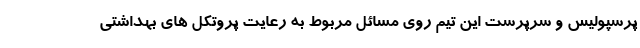
پرسپولیس و سرپرست این تیم روی مسائل مربوط به رعایت پروتکل های بهداشتی